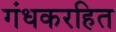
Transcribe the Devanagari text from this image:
गंधकरहित